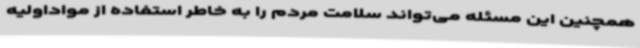
همچنین این مسئله می‌تواند سلامت مردم را به خاطر استفاده از مواداولیه